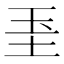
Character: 𱖓